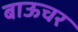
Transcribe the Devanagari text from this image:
बाऊचर